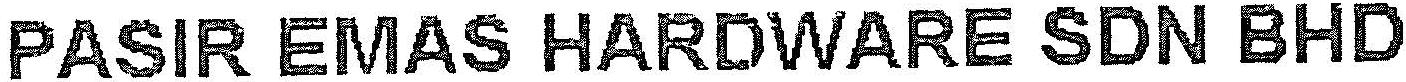
PASIR EMAS HARDWARE SDN BHD